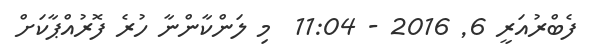
ފެބްރުއަރީ 6